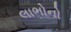
લાભોનો